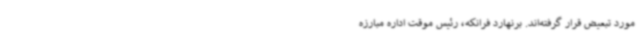
مورد تبعیض قرار گرفته‌اند. برنهارد فرانکه، رئیس موقت اداره مبارزه